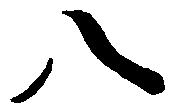
八